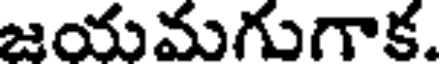
జయమగుగాక.